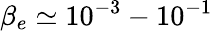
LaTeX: \beta_{e}\simeq 10^{-3}-10^{-1}